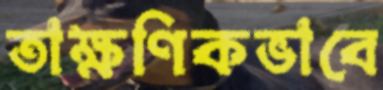
তাক্ষণিকভাবে